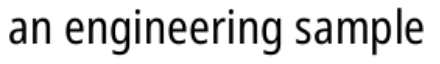
an engineering sample